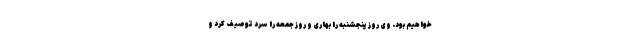
خواهیم بود. وی روز پنجشنبه را بهاری و روز جمعه را سرد توصیف کرد و